system: You are a helpful assistant.
user:
Analyze the provided spectrum to determine if it is a **"Cataclysmic Variables (CV)"**.

- **Key Indicators for CV (Check for either state):**
    - **State 1: Quiescent / Low-State (Emission-Dominated)**
        - **(Primary):** Strong and *very broad* Hydrogen Balmer emission lines (e.g., $H\alpha$ at 6563 Å, $H\beta$ at 4861 Å). The 'broadness' (high velocity dispersion, often FWHM > 1000 km/s) is the key diagnostic, indicating a high-velocity accretion disk.
        - **(Secondary):** Broad neutral Helium (He I) emission lines (e.g., 5876 Å, 6678 Å).
        - **(Key Confirmation):** Presence of high-excitation *ionized* Helium (He II) emission at 4686 Å. This is a strong indicator of accretion onto a white dwarf.
        - **(Line Profile):** Emission lines may exhibit a 'double-peaked' profile, which is a classic signature of a rotating accretion disk viewed at high inclination.

    - **State 2: Outburst / High-State (Absorption-Dominated)**
        - **(Primary):** Spectrum is dominated by a bright, blue continuum (looks like a hot star).
        - **(Secondary):** The emission lines from State 1 are weak, absent, or 'filled in', and are replaced by broad, shallow *absorption* lines (primarily Balmer and He I).
        - **(Morphology):** The overall spectrum mimics a hot B/A-type star. The crucial difference is that the absorption lines are significantly broader, shallower, and more 'washed-out' (or 'smeared') than the sharp lines of a normal stellar photosphere, due to high rotational speeds and pressure broadening in the disk.

Think first, call **spectral_visualization_tool** if needed to examine features in detail, then provide your final answer. Your response must adhere to the following strict rules:
1.  **Overall Structure:** Your response must follow the format `<think>...</think> <tool_call>...</tool_call> (if a tool is used) <answer>...</answer>`.
2.  **Tool Usage Constraint:** You may only make **one** tool call per turn.
3.  **Final Answer Format:** In the `<answer>` tag, your conclusion must be inside a `\boxed{}` command (e.g., `\boxed{YES}`), followed by your justification.

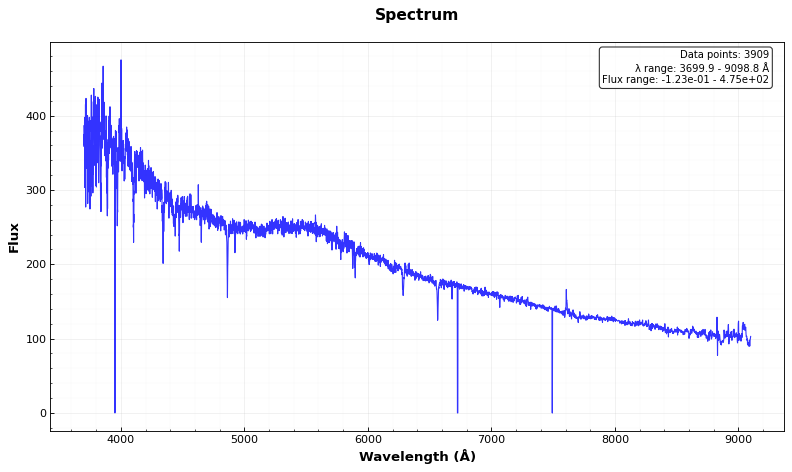
Answer: NO